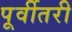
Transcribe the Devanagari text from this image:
पूर्वीतरी